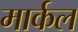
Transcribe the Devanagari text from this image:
मार्कल